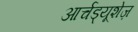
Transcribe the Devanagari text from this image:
आर्चड्यूशेज़